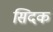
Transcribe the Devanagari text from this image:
सिदक